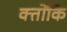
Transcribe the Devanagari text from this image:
क्तोंकि